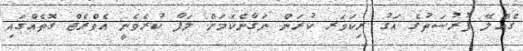
ގެއްލޭ ފުރުސަތުގެ އަގު ރިކަވަރ ކުރަން ނަގާނެކަމަށް ލަފާ ކުރެވެނީ އެވްރެޖް ގޮތެއްގައި